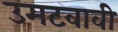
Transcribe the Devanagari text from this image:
उमटवावी